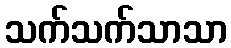
သက်သက်သာသာ